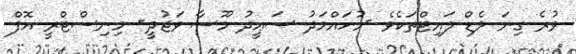
ވުރެ ގިނަ ލެޑް ލައިޓްތަކެވެ -މުހައްމަދު ސަޢީދު މޫސާ ވަޖުދީ- މިނިސްޓްރީ އޮފް